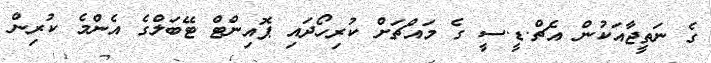
ގެ ނަތީޖާއަކުން އެޗް.ޑީ.ސީ ގެ މައްޗަށް ކުރިހޯދައި ޕޮއިންޓް ޓޭބަލްގެ އެންމެ ކުރިން